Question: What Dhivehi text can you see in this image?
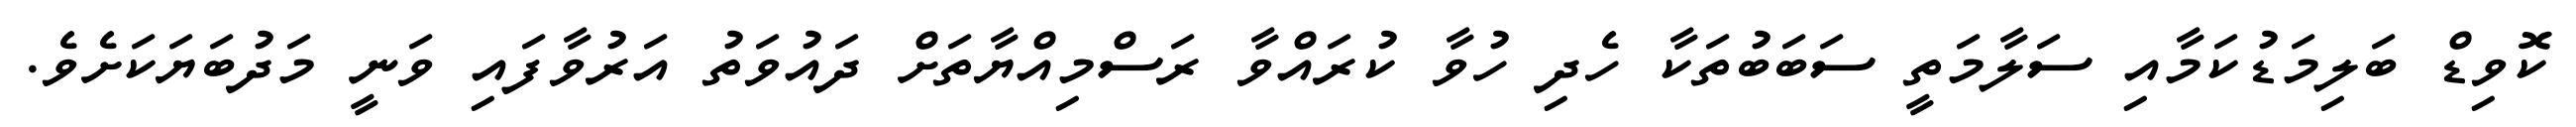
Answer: ކޮވިޑް ބަލިމަޑުކަމާއި ސަލާމަތީ ސަބަބުތަކާ ހެދި ހުވާ ކުރައްވާ ރަސްމިއްޔާތަށް ދައުވަތު އަރުވާފައި ވަނީ މަދުބަޔަކަށެވެ.